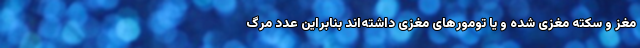
مغز و سکته مغزی شده و یا تومورهای مغزی داشته‌اند بنابراین عدد مرگ